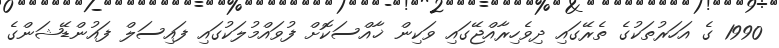
1990 ގެ އަހަރުތަކުގެ ތެރޭގައި ދިވެހިރާއްޖޭގައި ވަކިން ޚާއްސަކޮށް ފުވައްމުލަކުގައި ފައިސަލް ފައުންޑޭޝަންގެ